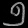
Digit: ၅